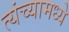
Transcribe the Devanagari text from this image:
त्यंच्यामध्ये